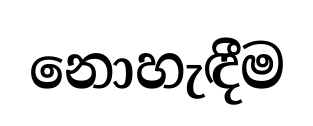
නොහැඳීම